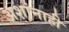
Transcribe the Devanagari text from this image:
अशांनाही